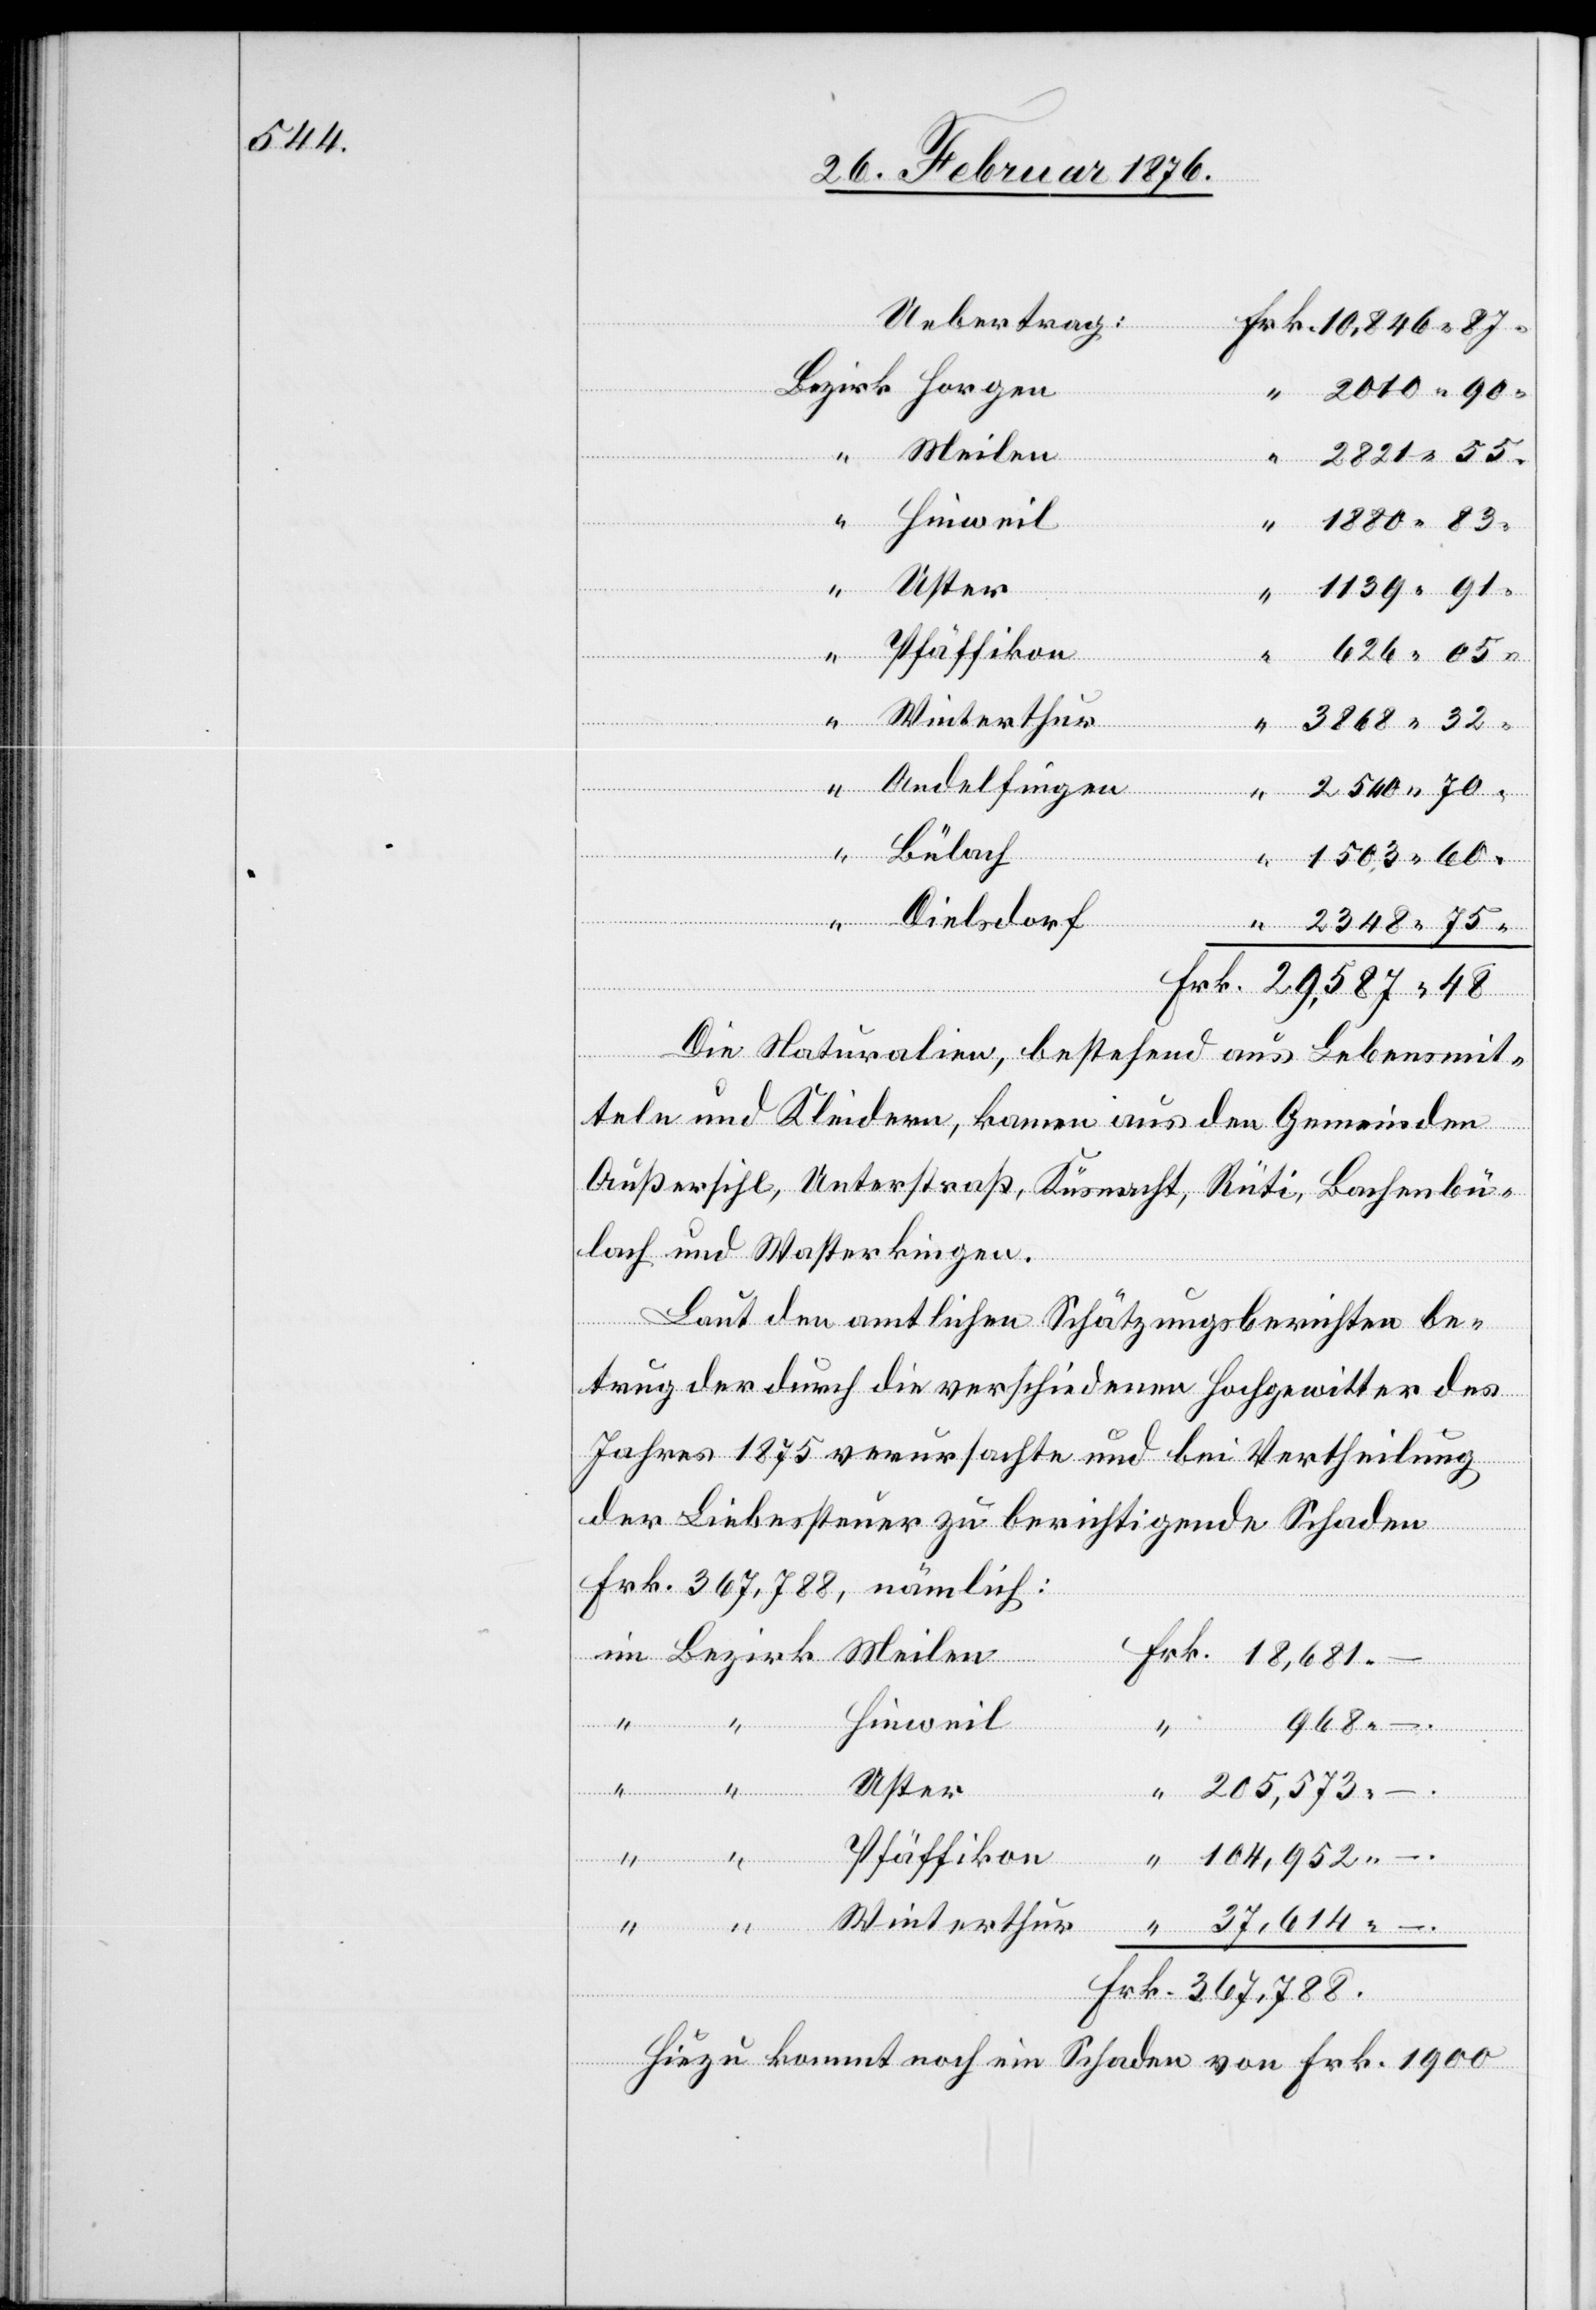
Meilen
48
–.
Winterthur
–.
“
Andelfingen
“
–.
“
Bülach
Bezirk
Dielsdorf
Die Naturalien, bestehend aus Lebensmit¬
teln und Kleidern, kamen aus den Gemeinden
Außersihl, Unterstraß, Küsnacht, Rüti, Bachenbü¬
lach und Wasterkingen.
Laut den amtlichen Schätzungsberichten be¬
trug der durch die verschiedenen Hochgewitter des
Jahres 1875 verursachte und bei Vertheilung
der Liebessteuer zu berichtigende Schaden
Frk. 367,788, nämlich:
Hinweil
Uster
205,573
Pfäffikon
“
104,952
–.
Hiezu kommt noch ein Schaden von Frk. 1900